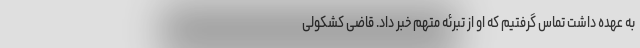
به عهده داشت تماس گرفتیم که او از تبرئه متهم خبر داد. قاضی کشکولی